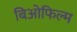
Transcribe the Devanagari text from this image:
बिओफिल्म